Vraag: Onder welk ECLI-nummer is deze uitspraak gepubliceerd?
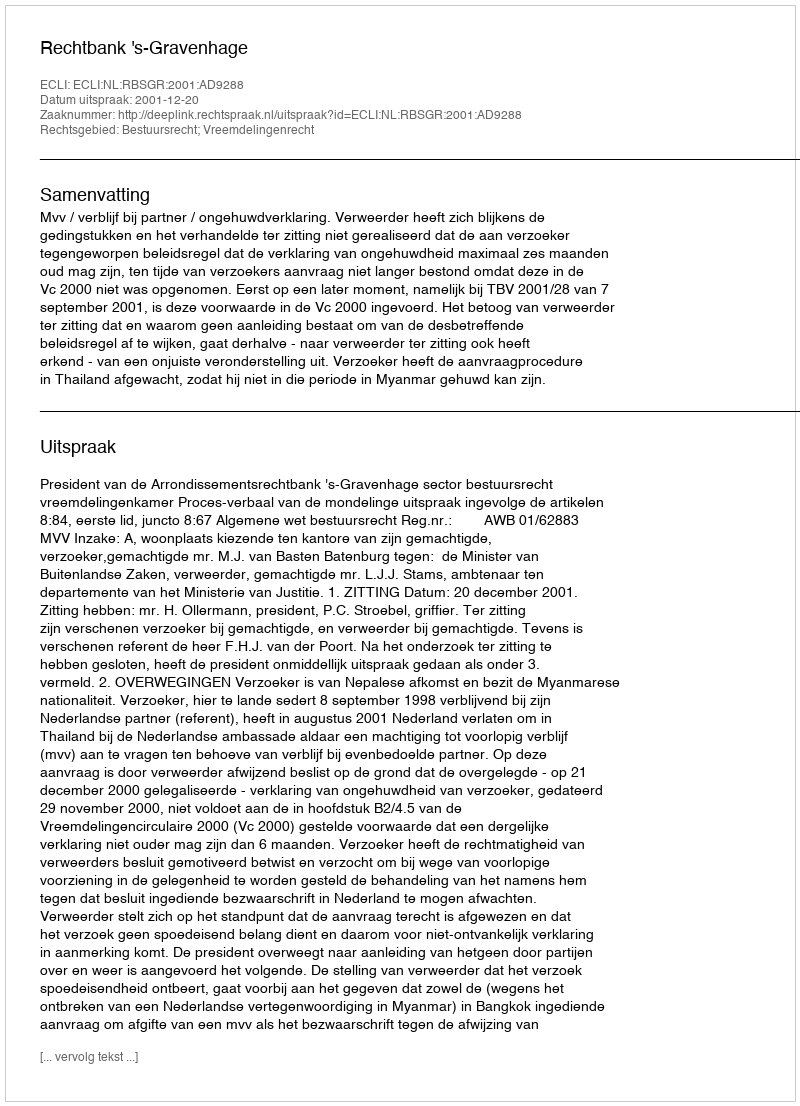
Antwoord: ECLI:NL:RBSGR:2001:AD9288